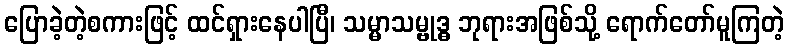
ပြောခဲ့တဲ့စကားဖြင့် ထင်ရှားနေပါပြီ၊ သမ္မာသမ္ဗုဒ္ဓ ဘုရားအဖြစ်သို့ ရောက်တော်မူကြတဲ့